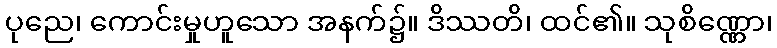
ပုညေ၊ ကောင်းမှုဟူသော အနက်၌။ ဒိဿတိ၊ ထင်၏။ သုစိဏ္ဏော၊